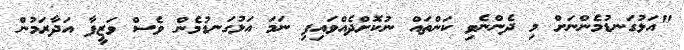
"އަޅުގަނޑުމެންނަށް މި ދެންނެވި ކަންތައް ނުކޮށްދެއްވައިފި ނަމަ އަޅުގަނޑުމެން ވެސް ވަޒީފާ އަދާރަމުން